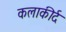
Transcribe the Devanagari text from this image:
कलाकीर्द